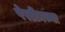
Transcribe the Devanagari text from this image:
पेस्टीनच्या